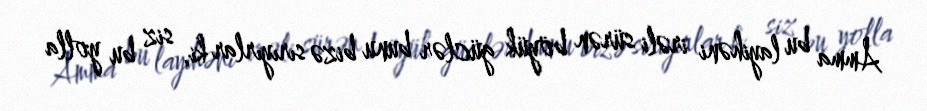
Amma bu layihəni irəli sürən böyük güclər bunu bizə sırıyırlar ki, siz bu yolla